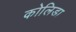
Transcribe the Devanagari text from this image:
कोलिडा